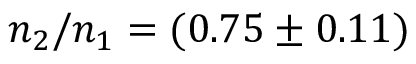
n _ { 2 } / n _ { 1 } = ( 0 . 7 5 \pm 0 . 1 1 )